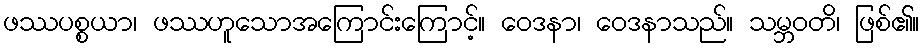
ဖဿပစ္စယာ၊ ဖဿဟူသောအကြောင်းကြောင့်။ ဝေဒနာ၊ ဝေဒနာသည်။ သမ္ဘဝတိ၊ ဖြစ်၏။